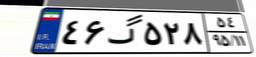
۴۶گ۵۲۸۵۴